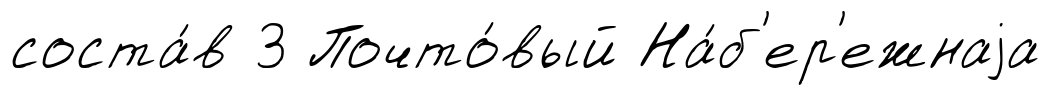
соста́в 3 Почто́вый На́б'ер'ежнаjа